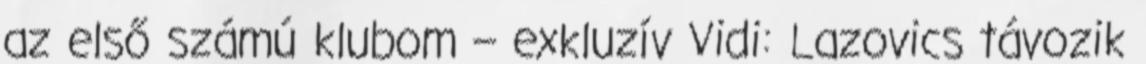
az első számú klubom – exkluzív Vidi: Lazovics távozik